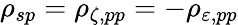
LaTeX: \rho_{sp}=\rho_{\zeta,pp}=-\rho_{\varepsilon,pp}